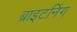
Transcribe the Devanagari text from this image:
ब्राइटनिंग